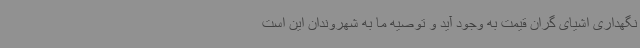
نگهداری اشیای گران قیمت به وجود آید و توصیه ما به شهروندان این است